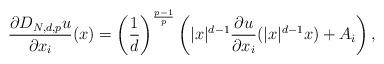
LaTeX: \begin{align*}\frac{\partial D_{N,d,p}u}{\partial x_{i}}(x)=\left( \frac{1}{d}\right)^{\frac{p-1}{p}}\left( |x|^{d-1}\frac{\partial u}{\partial x_{i}}(|x|^{d-1}x)+A_{i}\right) ,\end{align*}